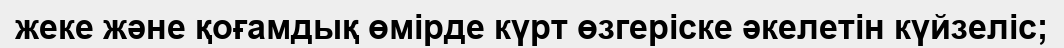
жеке және қоғамдық өмірде күрт өзгеріске әкелетін күйзеліс;